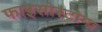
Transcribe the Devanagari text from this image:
फाइसोस्टोमा